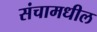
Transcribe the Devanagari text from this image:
संचामधील